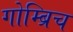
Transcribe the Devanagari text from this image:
गोम्ब्रिच